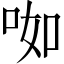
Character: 𱒥